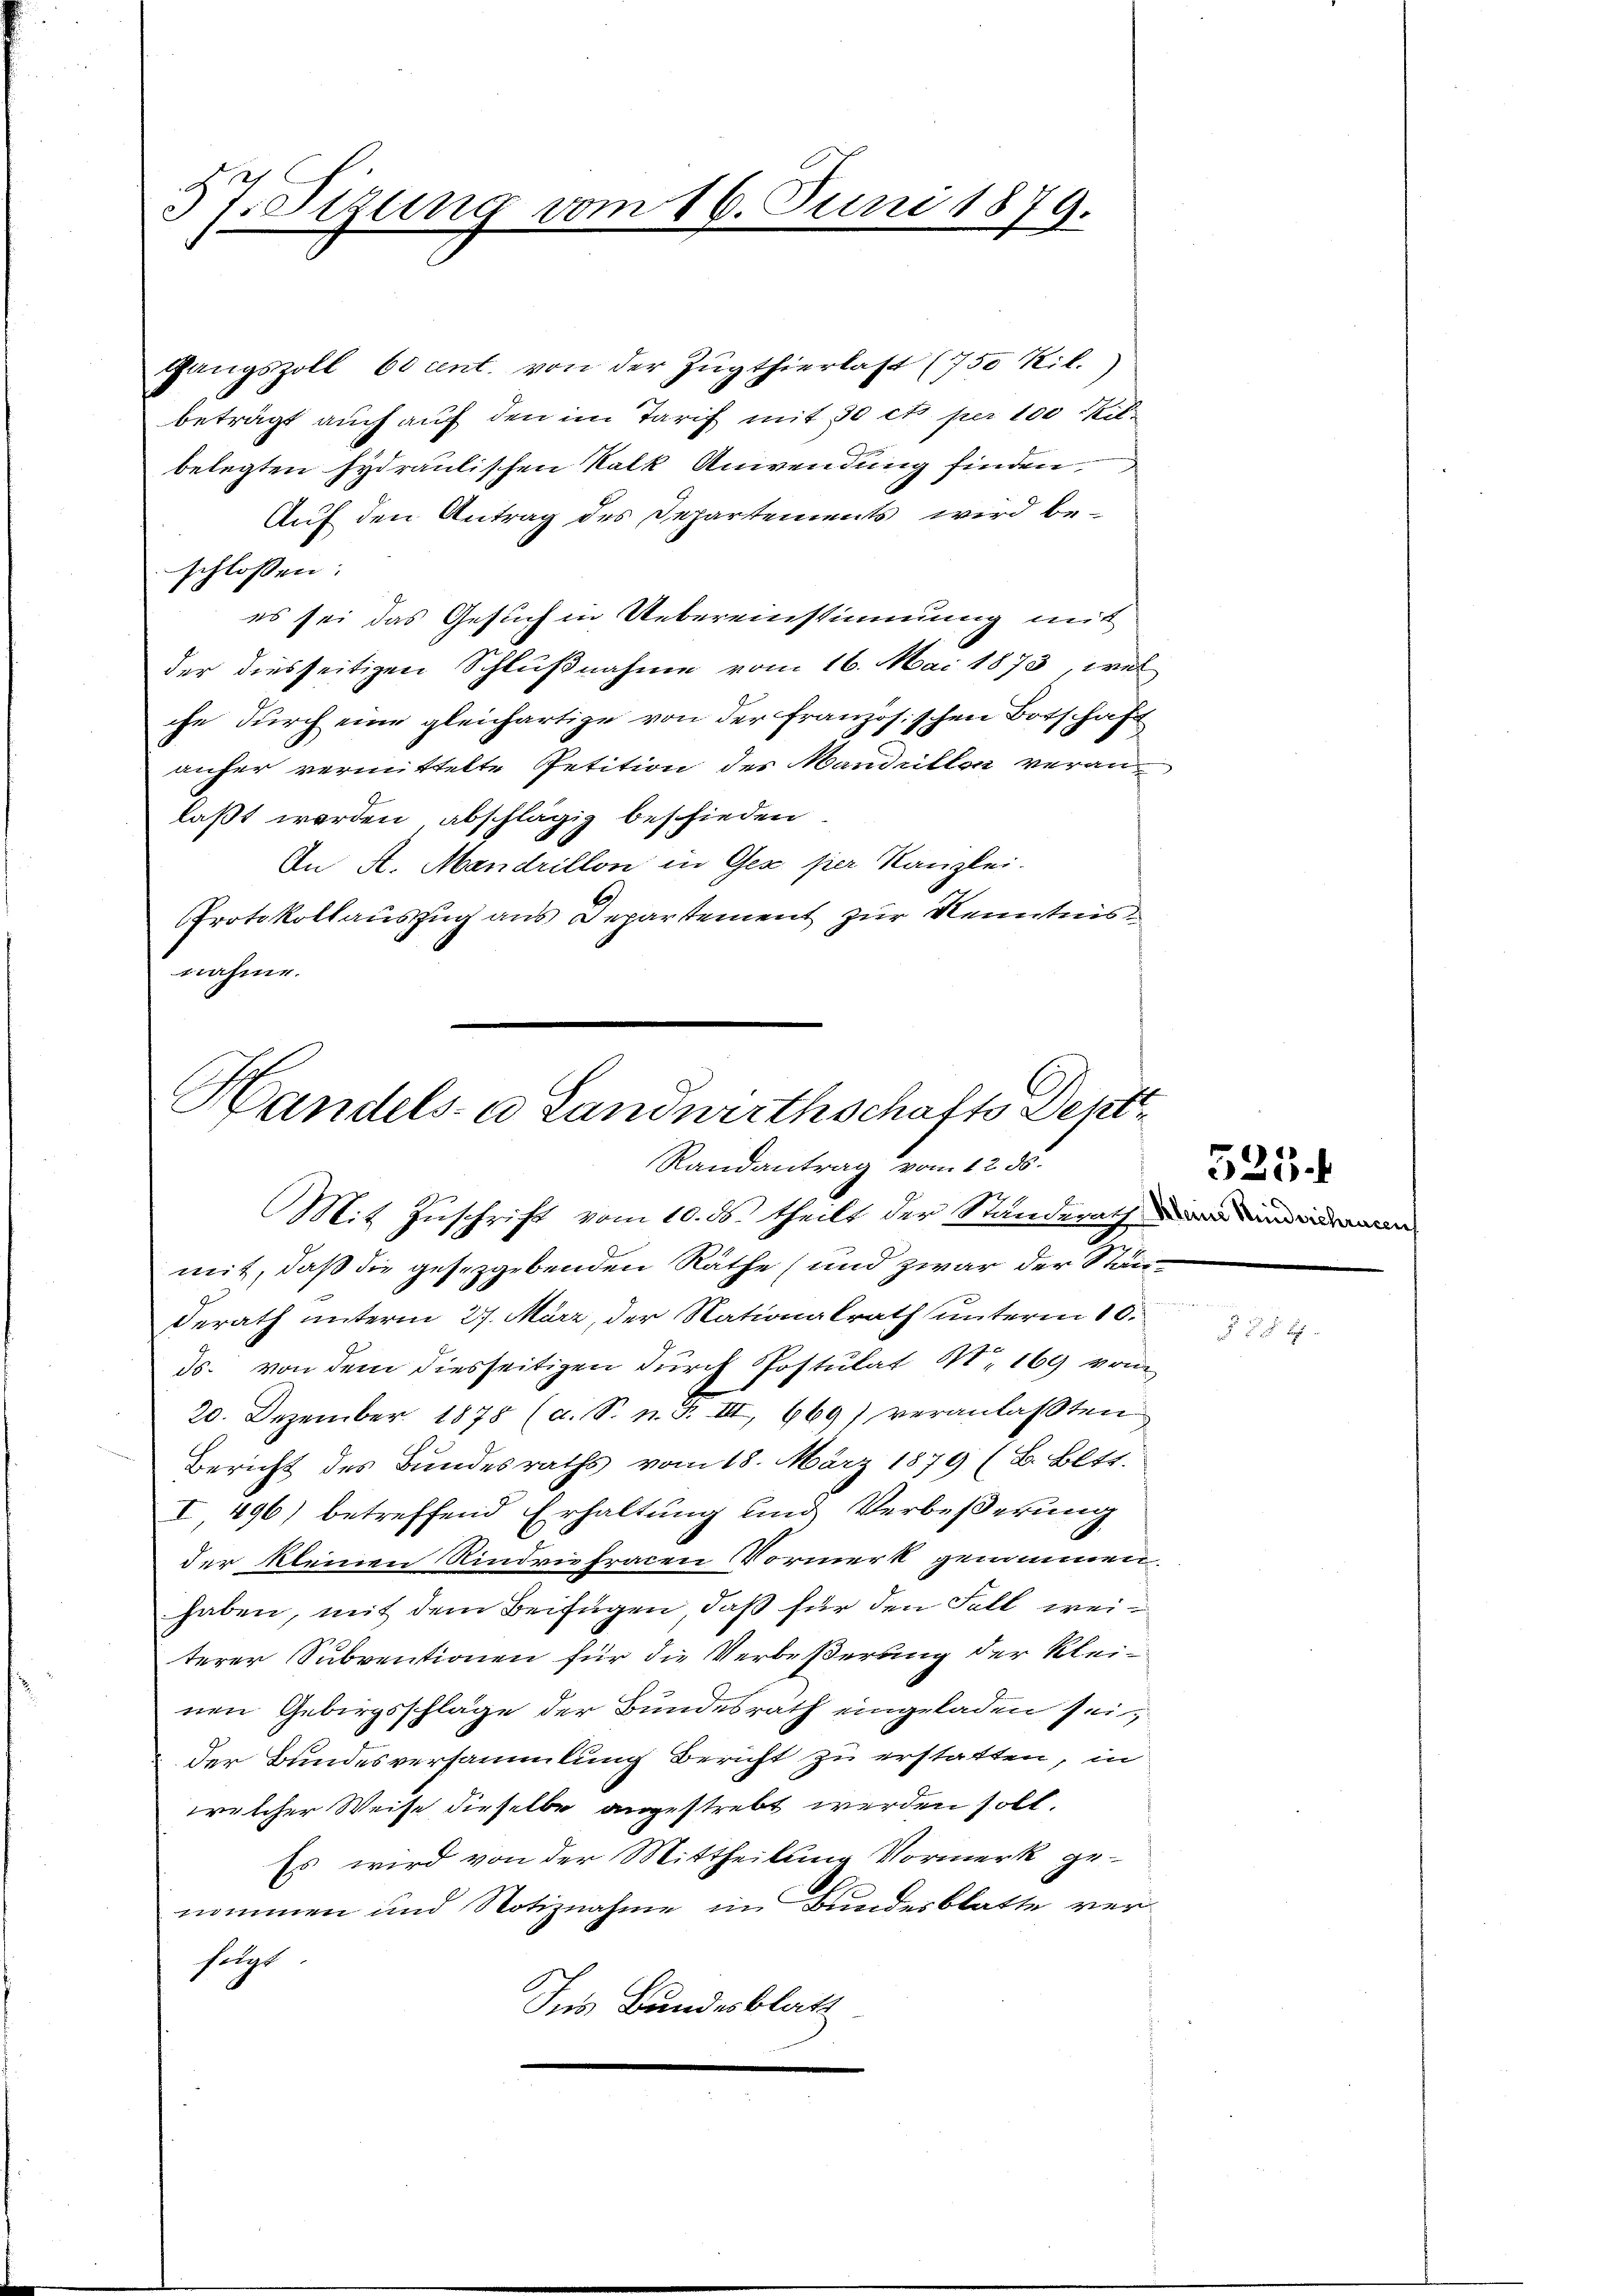
37. Sitzung vom 16. Juni 1879.

gangszoll 60 cent. von der Zugthierlast (750 Kil.
beträgt auch auf den im Tarif mit 30 cto per 100 Kilbelegten Hydraulischen Kalk Anwendung finden,
Auf den Antrag des Departements wird beschlossen:
es sei das Gesuch in Uebereinstimmung mit
der diesseitigen Schlußnahme vom 16. Mai 1873, wel
che durch eine gleichartige von der französischen Botschaft
anher vermittelte Petition des Mandellon veranlaßt werden abschlägig beschieden.
An A. Mandrillon in Gez per Kanzlei.
Protokollauszug aus Departement zur Kenntnis
nahme.
mit, daß die gesetzgebenden Räthe (und zwar der Standerath unterm 27. März, der Nationalrath unterm 10.
ds. von dem diesseitigen dŭrch Postulat II. 169 vom
20. Dezember. 1878 (a. S. n. F. III 669) veranlaßten
Bericht des Bundesraths vom 18. März 1879 (B. Bett.
I 496) betreffend Erhaltung und Verbeßerung
der kleinen Rindriefracen Vormerk genommen.
haben, mit dem Beifügen, daß für den Fall weiterer Subventionen für die Verbeßerung der Kleinen Gebirgsschläge der Bundesrath eingeladen sein
der Bundesversammlung Bericht zu erstatten, in
welcher Weise dieselbe angestrebt werden soll.
Es wird von der Mittheilung Vormerk genommen und Notiznahme im Bundesblatte ver-
fügt.
Ins Bundesblatt

Handels- u Landwirthschafts Depti
Randantrag vom 12. 55.
Mit Zuschrift vom 10. ds. theilt der Standerath

525.

55 x